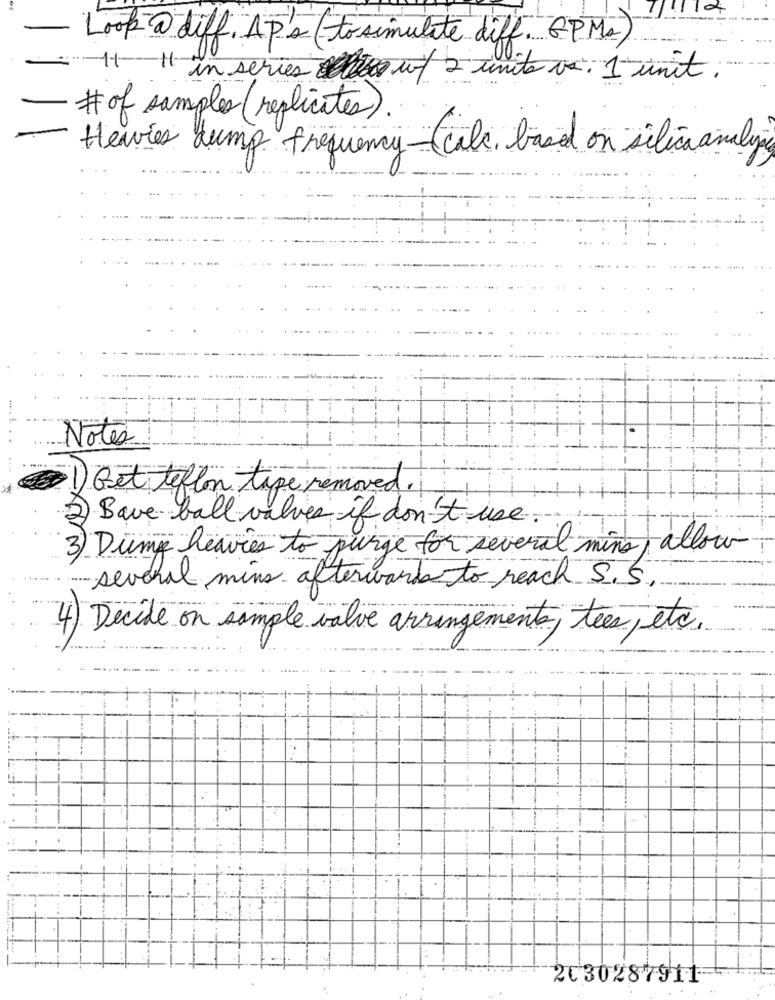
:
- Look @ diff. APs (tosimulate diff. GPMs)
00
11-11
in series access u/ 2 unità va. 1 unit.
# of samples ( replicates).
Heavier dump frequency-cale , based on silica analys
Tİ
Notes
Get teflon tape
pe removed .
Save- ball valves if don't use.
3) Dump heavies to purge for several mine, allow
- several mins afterwards to reach S. S.
4) Decide on sample valve arrangements, tees, etc.
2030287911